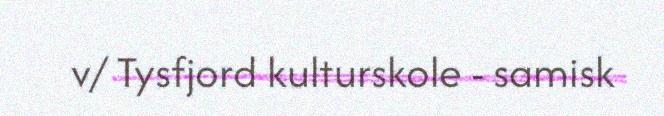
v/ Tysfjord kulturskole - samisk